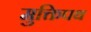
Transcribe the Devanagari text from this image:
मुक्तिपथ